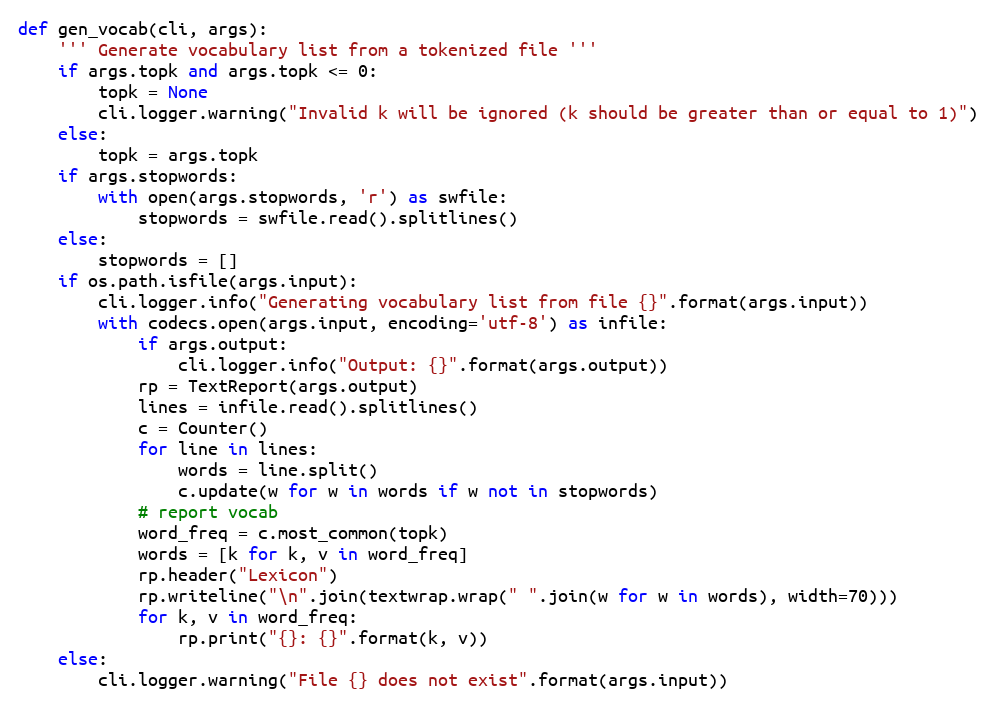
Language: Python
def gen_vocab(cli, args):
    ''' Generate vocabulary list from a tokenized file '''
    if args.topk and args.topk <= 0:
        topk = None
        cli.logger.warning("Invalid k will be ignored (k should be greater than or equal to 1)")
    else:
        topk = args.topk
    if args.stopwords:
        with open(args.stopwords, 'r') as swfile:
            stopwords = swfile.read().splitlines()
    else:
        stopwords = []
    if os.path.isfile(args.input):
        cli.logger.info("Generating vocabulary list from file {}".format(args.input))
        with codecs.open(args.input, encoding='utf-8') as infile:
            if args.output:
                cli.logger.info("Output: {}".format(args.output))
            rp = TextReport(args.output)
            lines = infile.read().splitlines()
            c = Counter()
            for line in lines:
                words = line.split()
                c.update(w for w in words if w not in stopwords)
            # report vocab
            word_freq = c.most_common(topk)
            words = [k for k, v in word_freq]
            rp.header("Lexicon")
            rp.writeline("\n".join(textwrap.wrap(" ".join(w for w in words), width=70)))
            for k, v in word_freq:
                rp.print("{}: {}".format(k, v))
    else:
        cli.logger.warning("File {} does not exist".format(args.input))